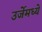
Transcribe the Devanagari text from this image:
उर्जेमध्ये